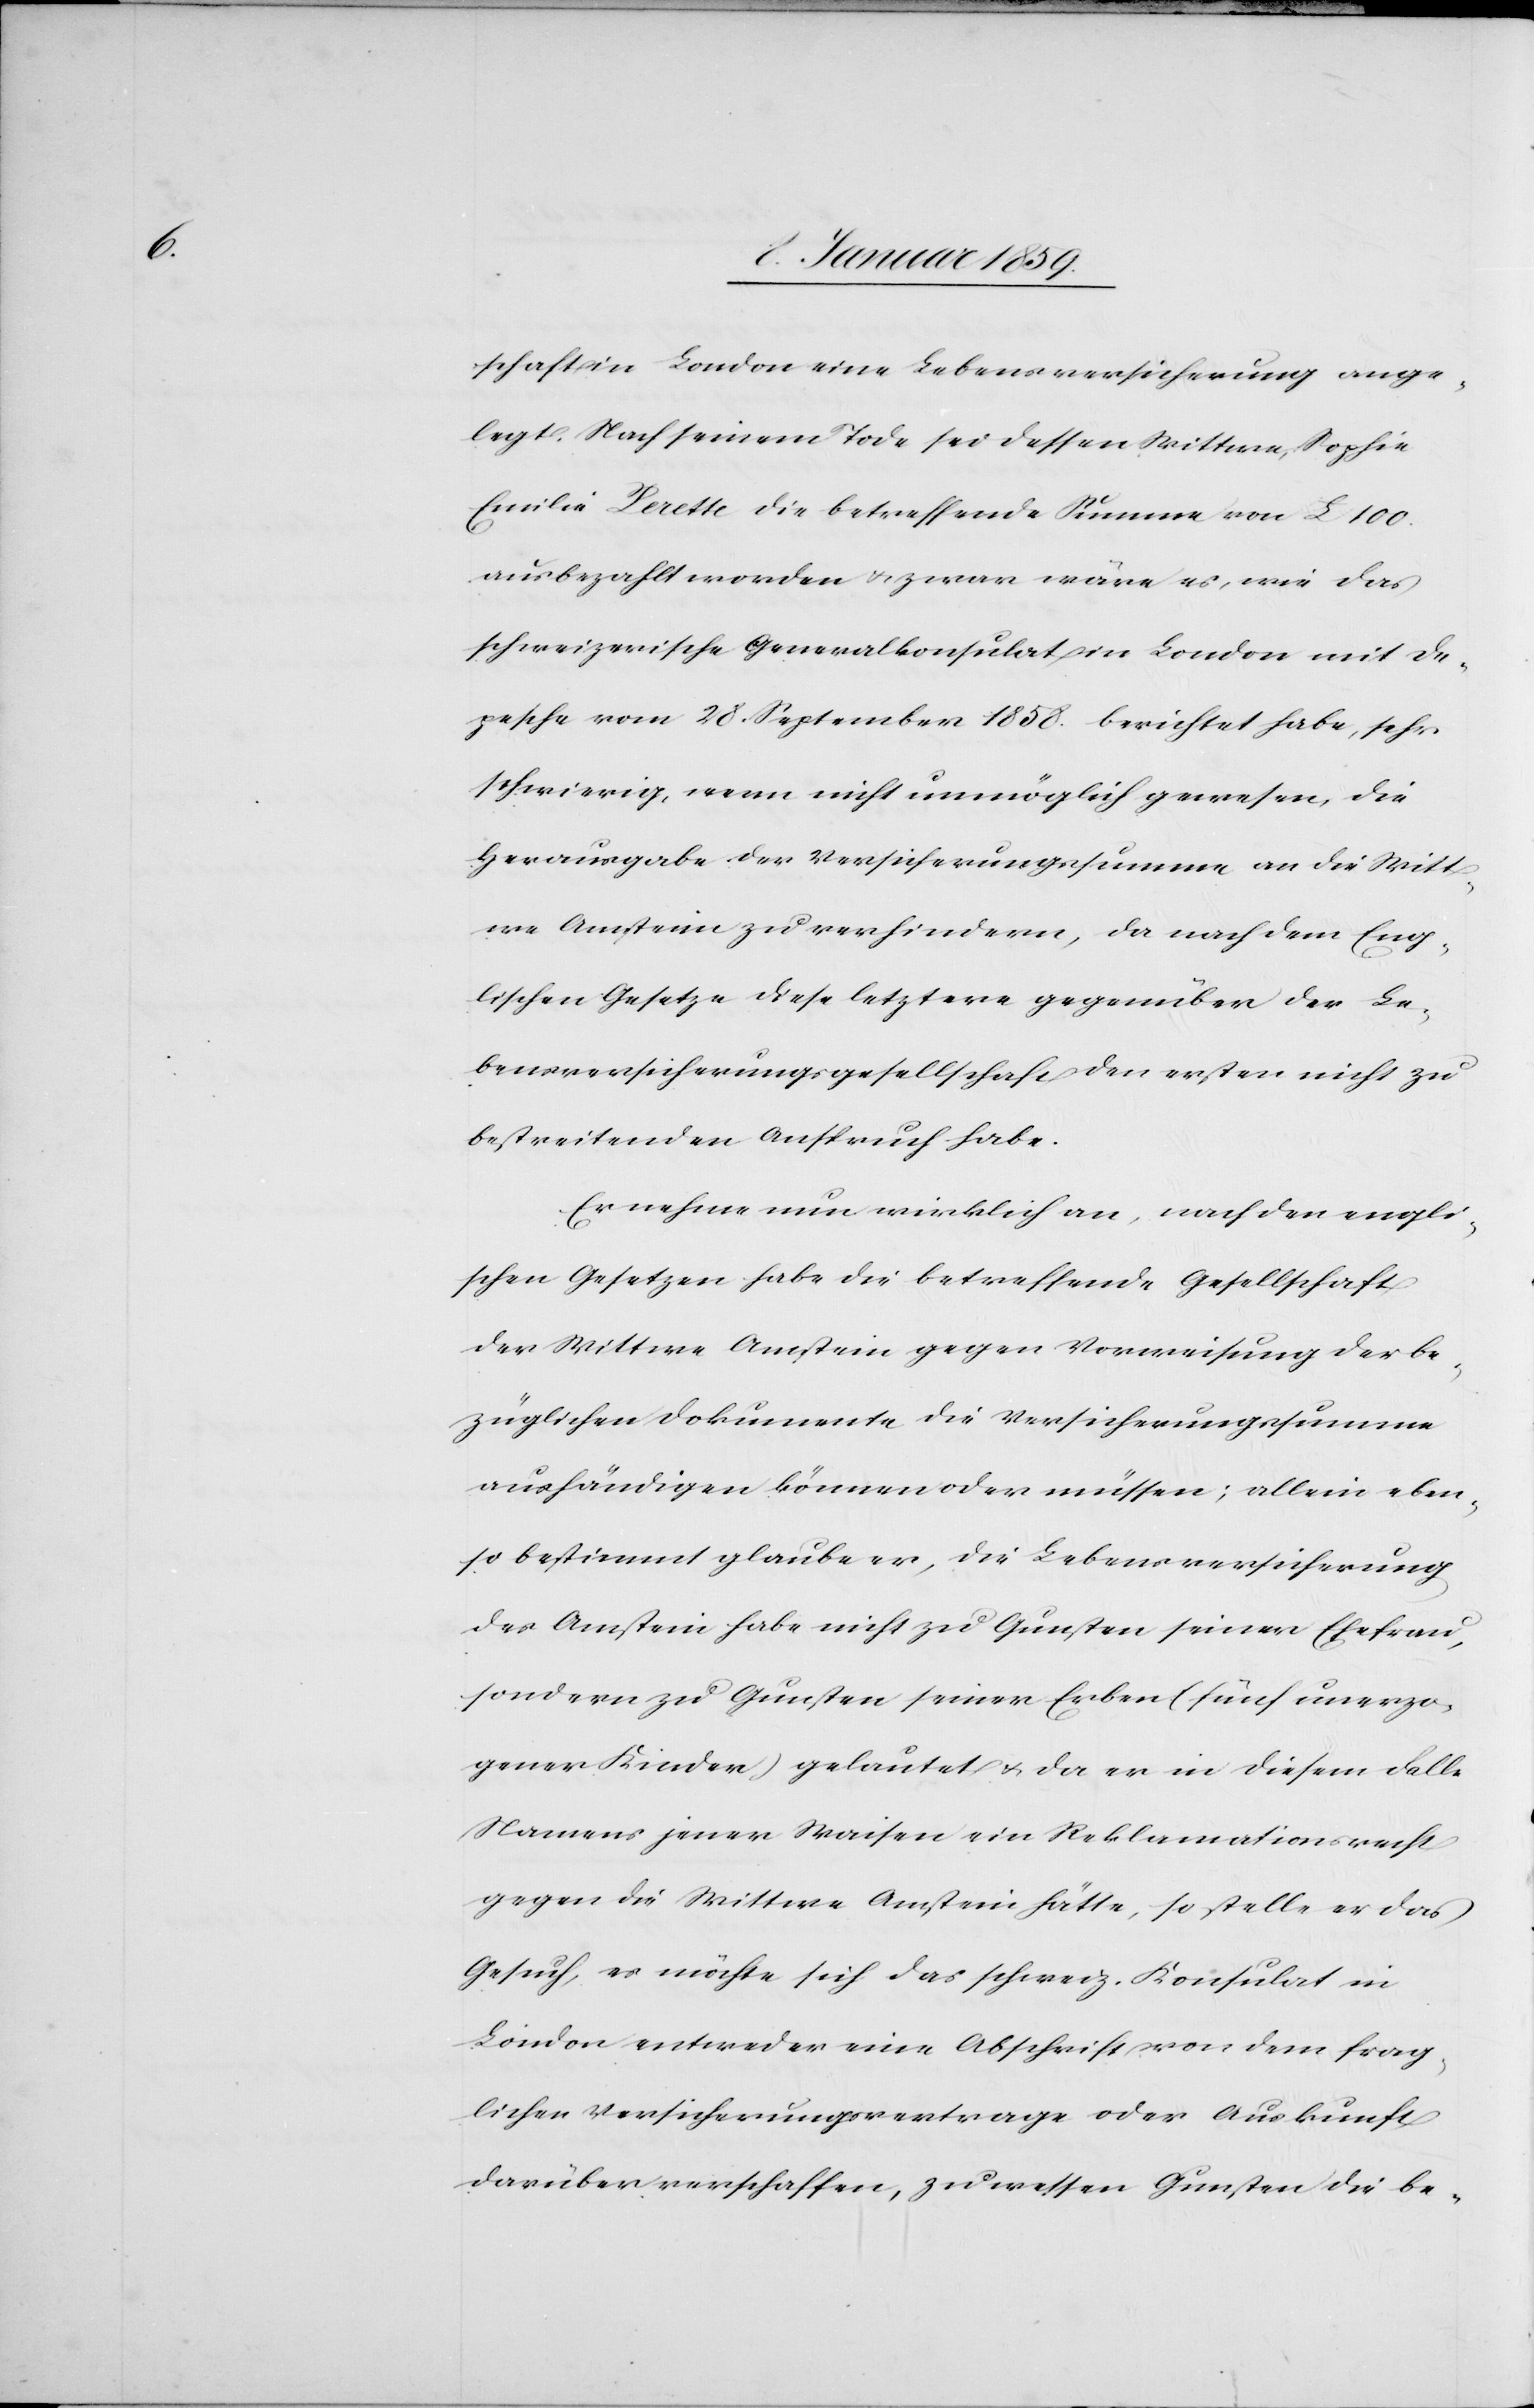
schaft in London eine Lebensversicherung ange¬
legt. Nach seinem Tode sei dessen Wittwe, Sophie
Emilie Perette die betreffende Summe von £ 100
ausbezahlt worden u. zwar wäre es, wie das
schweizerische Generalkonsulat in London mit De¬
pesche vom 28. September 1858. berichtet habe, sehr
schwierig, wenn nicht unmöglich gewesen, die
Herausgabe der Versicherungssumme an die Witt¬
we Amstein zu verhindern, da nach dem Eng¬
lischen Gesetze diese letztere gegenüber der Le¬
bensversicherungsgesellschaft den ersten nicht zu
bestreitenden Anspruch habe.
Er nehme nun wirklich an, nach den engli¬
schen Gesetzen habe die betreffende Gesellschaft
der Wittwe Amstein gegen Vorweisung der be¬
züglichen Dokumente die Versicherungssumme
aushändigen können oder müssen; allein eben¬
so bestimmt glaube er, die Lebensversicherung
des Amstein habe nicht zu Gunsten seiner Ehefrau,
sondern zu Gunsten seiner Erben (fünf unerzo¬
gener Kinder) gelautet u. da er in diesem Falle
Namens jener Waisen ein Reklamationsrecht
gegen die Wittwe Amstein hätte, so stelle er das
Gesuch, es möchte sich das schweiz. Konsulat in
London entweder eine Abschrift von dem frag¬
lichen Versicherungsvertrage oder Auskunft
darüber verschaffen, zu wessen Gunsten die be-